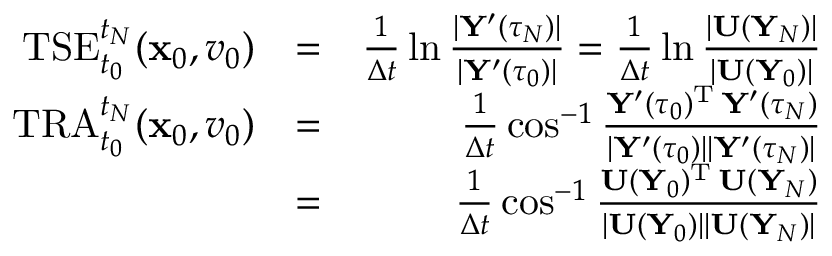
\begin{array} { r l r } { \mathrm { T S E } _ { t _ { 0 } } ^ { t _ { N } } ( { \mathbf x } _ { 0 } , v _ { 0 } ) } & { = } & { \frac { 1 } { \Delta t } \ln \frac { | { \mathbf Y } ^ { \prime } ( \tau _ { N } ) | } { | { \mathbf Y } ^ { \prime } ( \tau _ { 0 } ) | } = \frac { 1 } { \Delta t } \ln \frac { | { \mathbf U } ( { \mathbf Y } _ { N } ) | } { | { \mathbf U } ( { \mathbf Y } _ { 0 } ) | } } \\ { \mathrm { T R A } _ { t _ { 0 } } ^ { t _ { N } } ( { \mathbf x } _ { 0 } , v _ { 0 } ) } & { = } & { \frac { 1 } { \Delta t } \cos ^ { - 1 } \frac { { \mathbf Y } ^ { \prime } ( \tau _ { 0 } ) ^ { { \mathrm T } } \, { \mathbf Y } ^ { \prime } ( \tau _ { N } ) } { | { \mathbf Y } ^ { \prime } ( \tau _ { 0 } ) | | { \mathbf Y } ^ { \prime } ( \tau _ { N } ) | } } \\ & { = } & { \frac { 1 } { \Delta t } \cos ^ { - 1 } \frac { { \mathbf U } ( { \mathbf Y } _ { 0 } ) ^ { { \mathrm T } } \, { \mathbf U } ( { \mathbf Y } _ { N } ) } { | { \mathbf U } ( { \mathbf Y } _ { 0 } ) | | { \mathbf U } ( { \mathbf Y } _ { N } ) | } } \end{array}